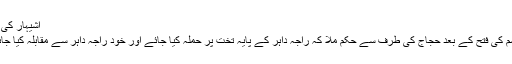
اشیہار کی فتح
سیسم کی فتح کے بعد حجاج کی طرف سے حکم ملا کہ راجہ داہر کے پایہ تخت پر حملہ کیا جائے اور خود راجہ داہر سے مقابلہ کیا جائے۔